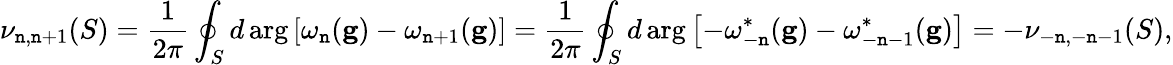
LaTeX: \nu_{\mathtt{n},\mathtt{n}+1}(S)=\frac{{1}}{{2\pi}}\oint_{S}d\arg\left[\omega_{\mathtt{n}}(\mathbf{{g}})-\omega_{\mathtt{n}+1}(\mathbf{{g}})\right]=\frac{{1}}{{2\pi}}\oint_{S}d\arg\left[-\omega_{-\mathtt{n}}^{*}(\mathbf{{g}})-\omega_{-\mathtt{n}-1}^{*}(\mathbf{{g}})\right]=-\nu_{-\mathtt{n},-\mathtt{n}-1}(S),